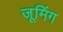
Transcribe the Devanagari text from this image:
जूमिंग